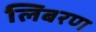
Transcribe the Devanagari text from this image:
लिबरण